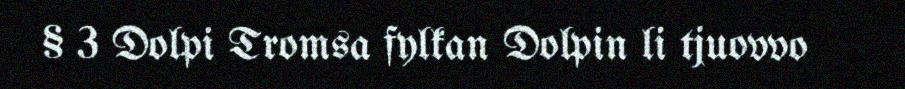
§ 3 Dolpi Tromsa fylkan Dolpin li tjuovvo